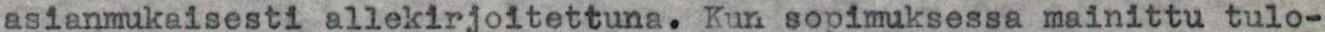
asianmukaisesti allekirjoitettuna. Kun sopimuksessa mainittu tulo-